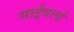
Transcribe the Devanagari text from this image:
साईवर्ल्ड